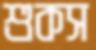
শুকস